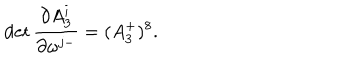
LaTeX: \det { \frac { \partial A _ { 3 } ^ { i } } { \partial \omega ^ { j - } } } = ( A _ { 3 } ^ { + } ) ^ { 8 } .